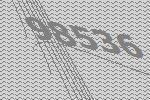
98536